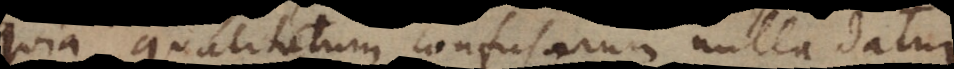
quia qualitatum confusarum nulla datur